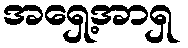
အရှေ့အာရှ